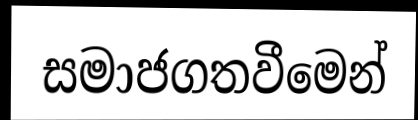
සමාජගතවීමෙන්